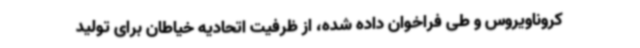
کروناویروس و طی فراخوان داده شده، از ظرفیت اتحادیه خیاطان برای تولید